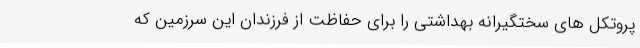
پروتکل های سختگیرانه بهداشتی را برای حفاظت از فرزندان این سرزمین که